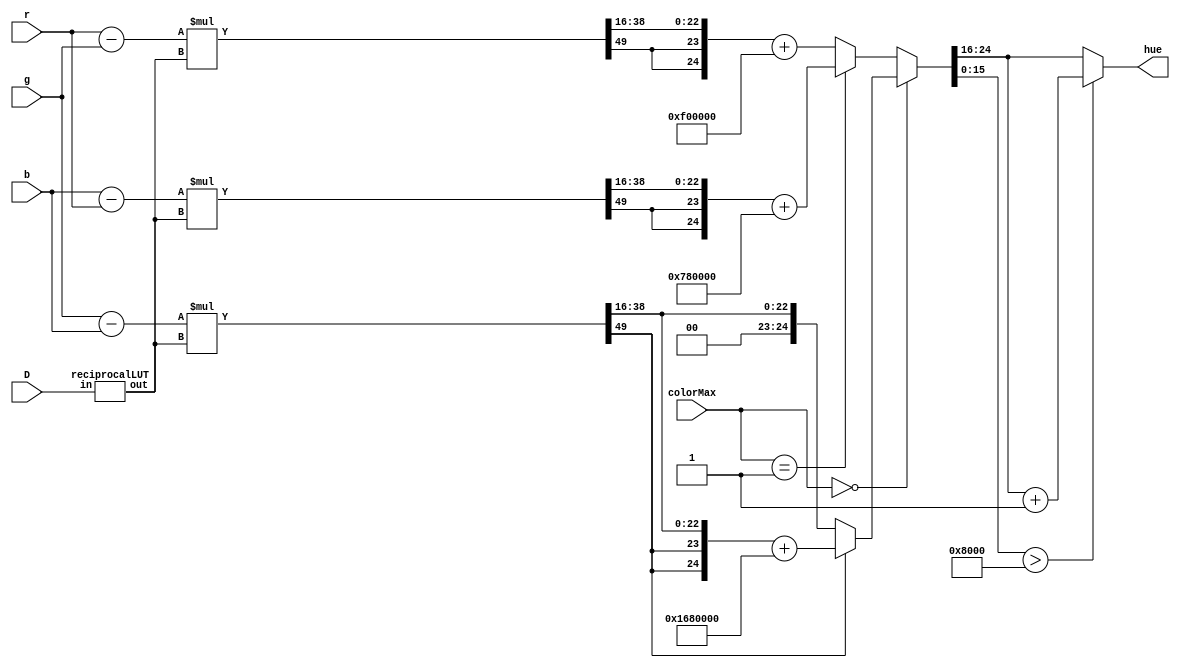
// HUE MODULE
// Inputs:
// 	D        = MAX-MIN ([0..255]) in 8 bits
//    colorMAX = [0,1,2] (the color with the maximum value, respectively red, green, blue)
//    r, g, b  = [0..1] in 2.16 fixed point
// Outputs:
// 	hue      = [0..360] in 9 bits

module hue (
	input  [7:0]  D,
	input  [1:0]  colorMax,
	input  [17:0] r,
	input  [17:0] g,
	input  [17:0] b,
	output [8:0] hue
);

	wire [31:0] hueMux;
	reg [1:0]  maxColor;
	wire signed [31:0] divisor;
	wire [31:0] hueRmax, hueGmax, hueBmax;
	wire signed [17:0] gb, br, rg;
	wire signed [31:0] gb_sext, br_sext, rg_sext;
	wire signed [31:0] gbTrim, brTrim, rgTrim;
	wire [71:0] gbMult, brMult, rgMult;

	// Subtract the values
	assign gb = g-b;
	assign br = b-r;
	assign rg = r-g;

	// Sign extend the values for cleaner multiplication
	assign gb_sext = {{14{gb[17]}}, gb};
	assign br_sext = {{14{br[17]}}, br};
	assign rg_sext = {{14{rg[17]}}, rg};

	// Instantiate the LUT of (60/d) values
	reciprocalLUT divide (
		.in(D),
		.out(divisor)
	);

	// Multiply
	assign gbMult = gb_sext*divisor;
	assign brMult = br_sext*divisor;
	assign rgMult = rg_sext*divisor;

	// Trim out the extraneous bits from the multiplication
	assign gbTrim = {{9{gbMult[71]}}, gbMult[38:16]};
	assign brTrim = {{9{brMult[71]}}, brMult[38:16]};
	assign rgTrim = {{9{rgMult[71]}}, rgMult[38:16]};

	// Assign values for each max case
	assign hueRmax = (gbTrim[31] == 1) ? gbTrim + 32'h1680000 : gbTrim;
	assign hueGmax = brTrim+24'h780000;
	assign hueBmax = rgTrim+24'hf00000;

	// Mux out the value and round
	assign hueMux = (colorMax == 2'b0) ? hueRmax : (colorMax == 2'b1) ? hueGmax : hueBmax;
	assign hue = (hueMux[15:0] > 16'h8000) ? hueMux[24:16] + 1 : hueMux[24:16];

endmodule


// RECIPROCAL LUT
// This module takes in D = [0..255] and outputs a multiplier value equivalent
// to 60/d (d = [0..1]). This is because all 3 cases of the hue equation need to multiply the 
// value by 60/d, so we combine these terms, and add in 60*2 and 60*4 for the 
// green and blue cases, respectively, after this multiplication.
module reciprocalLUT (
	input  [7:0] in,
	output reg [31:0] out
);

always @(*) begin
		case (in)
			8'd0: out <= 32'h00000000;
			8'd1: out <= 32'h3bc40000;
			8'd2: out <= 32'h1de20000;
			8'd3: out <= 32'h13ec0000;
			8'd4: out <= 32'h0ef10000;
			8'd5: out <= 32'h0bf40000;
			8'd6: out <= 32'h09f60000;
			8'd7: out <= 32'h0889b6e0;
			8'd8: out <= 32'h07788000;
			8'd9: out <= 32'h06a40000;
			8'd10: out <= 32'h05fa0000;
			8'd11: out <= 32'h056ee8b8;
			8'd12: out <= 32'h04fb0000;
			8'd13: out <= 32'h0498ec50;
			8'd14: out <= 32'h0444db70;
			8'd15: out <= 32'h03fc0000;
			8'd16: out <= 32'h03bc4000;
			8'd17: out <= 32'h03840000;
			8'd18: out <= 32'h03520000;
			8'd19: out <= 32'h03254360;
			8'd20: out <= 32'h02fd0000;
			8'd21: out <= 32'h02d89248;
			8'd22: out <= 32'h02b7745c;
			8'd23: out <= 32'h029937a8;
			8'd24: out <= 32'h027d8000;
			8'd25: out <= 32'h02640000;
			8'd26: out <= 32'h024c7628;
			8'd27: out <= 32'h0236aaac;
			8'd28: out <= 32'h02226db8;
			8'd29: out <= 32'h020f9610;
			8'd30: out <= 32'h01fe0000;
			8'd31: out <= 32'h01ed8c64;
			8'd32: out <= 32'h01de2000;
			8'd33: out <= 32'h01cfa2e8;
			8'd34: out <= 32'h01c20000;
			8'd35: out <= 32'h01b52492;
			8'd36: out <= 32'h01a90000;
			8'd37: out <= 32'h019d8376;
			8'd38: out <= 32'h0192a1b0;
			8'd39: out <= 32'h01884ec4;
			8'd40: out <= 32'h017e8000;
			8'd41: out <= 32'h01752bb6;
			8'd42: out <= 32'h016c4924;
			8'd43: out <= 32'h0163d060;
			8'd44: out <= 32'h015bba2e;
			8'd45: out <= 32'h01540000;
			8'd46: out <= 32'h014c9bd4;
			8'd47: out <= 32'h0145882c;
			8'd48: out <= 32'h013ec000;
			8'd49: out <= 32'h01383eb2;
			8'd50: out <= 32'h01320000;
			8'd51: out <= 32'h012c0000;
			8'd52: out <= 32'h01263b14;
			8'd53: out <= 32'h0120ade4;
			8'd54: out <= 32'h011b5556;
			8'd55: out <= 32'h01162e8c;
			8'd56: out <= 32'h011136dc;
			8'd57: out <= 32'h010c6bca;
			8'd58: out <= 32'h0107cb08;
			8'd59: out <= 32'h01035270;
			8'd60: out <= 32'h00ff0000;
			8'd61: out <= 32'h00fad1d6;
			8'd62: out <= 32'h00f6c632;
			8'd63: out <= 32'h00f2db6e;
			8'd64: out <= 32'h00ef1000;
			8'd65: out <= 32'h00eb6276;
			8'd66: out <= 32'h00e7d174;
			8'd67: out <= 32'h00e45bb4;
			8'd68: out <= 32'h00e10000;
			8'd69: out <= 32'h00ddbd38;
			8'd70: out <= 32'h00da9249;
			8'd71: out <= 32'h00d77e32;
			8'd72: out <= 32'h00d48000;
			8'd73: out <= 32'h00d196cb;
			8'd74: out <= 32'h00cec1bb;
			8'd75: out <= 32'h00cc0000;
			8'd76: out <= 32'h00c950d8;
			8'd77: out <= 32'h00c6b388;
			8'd78: out <= 32'h00c42762;
			8'd79: out <= 32'h00c1abbf;
			8'd80: out <= 32'h00bf4000;
			8'd81: out <= 32'h00bce38e;
			8'd82: out <= 32'h00ba95db;
			8'd83: out <= 32'h00b8565d;
			8'd84: out <= 32'h00b62492;
			8'd85: out <= 32'h00b40000;
			8'd86: out <= 32'h00b1e830;
			8'd87: out <= 32'h00afdcb1;
			8'd88: out <= 32'h00addd17;
			8'd89: out <= 32'h00abe8fd;
			8'd90: out <= 32'h00aa0000;
			8'd91: out <= 32'h00a821c2;
			8'd92: out <= 32'h00a64dea;
			8'd93: out <= 32'h00a48421;
			8'd94: out <= 32'h00a2c416;
			8'd95: out <= 32'h00a10d79;
			8'd96: out <= 32'h009f6000;
			8'd97: out <= 32'h009dbb62;
			8'd98: out <= 32'h009c1f59;
			8'd99: out <= 32'h009a8ba3;
			8'd100: out <= 32'h00990000;
			8'd101: out <= 32'h00977c33;
			8'd102: out <= 32'h00960000;
			8'd103: out <= 32'h00948b2f;
			8'd104: out <= 32'h00931d8a;
			8'd105: out <= 32'h0091b6db;
			8'd106: out <= 32'h009056f2;
			8'd107: out <= 32'h008efd9c;
			8'd108: out <= 32'h008daaab;
			8'd109: out <= 32'h008c5df2;
			8'd110: out <= 32'h008b1746;
			8'd111: out <= 32'h0089d67d;
			8'd112: out <= 32'h00889b6e;
			8'd113: out <= 32'h008765f2;
			8'd114: out <= 32'h008635e5;
			8'd115: out <= 32'h00850b21;
			8'd116: out <= 32'h0083e584;
			8'd117: out <= 32'h0082c4ec;
			8'd118: out <= 32'h0081a938;
			8'd119: out <= 32'h00809249;
			8'd120: out <= 32'h007f8000;
			8'd121: out <= 32'h007e723f;
			8'd122: out <= 32'h007d68eb;
			8'd123: out <= 32'h007c63e7;
			8'd124: out <= 32'h007b6319;
			8'd125: out <= 32'h007a6666;
			8'd126: out <= 32'h00796db7;
			8'd127: out <= 32'h007878f2;
			8'd128: out <= 32'h00778800;
			8'd129: out <= 32'h00769aca;
			8'd130: out <= 32'h0075b13b;
			8'd131: out <= 32'h0074cb3c;
			8'd132: out <= 32'h0073e8ba;
			8'd133: out <= 32'h007309a0;
			8'd134: out <= 32'h00722dda;
			8'd135: out <= 32'h00715555;
			8'd136: out <= 32'h00708000;
			8'd137: out <= 32'h006fadc8;
			8'd138: out <= 32'h006ede9c;
			8'd139: out <= 32'h006e126b;
			8'd140: out <= 32'h006d4924;
			8'd141: out <= 32'h006c82b9;
			8'd142: out <= 32'h006bbf19;
			8'd143: out <= 32'h006afe35;
			8'd144: out <= 32'h006a4000;
			8'd145: out <= 32'h0069846a;
			8'd146: out <= 32'h0068cb65;
			8'd147: out <= 32'h006814e6;
			8'd148: out <= 32'h006760dd;
			8'd149: out <= 32'h0066af3f;
			8'd150: out <= 32'h00660000;
			8'd151: out <= 32'h00655312;
			8'd152: out <= 32'h0064a86c;
			8'd153: out <= 32'h00640000;
			8'd154: out <= 32'h006359c4;
			8'd155: out <= 32'h0062b5ad;
			8'd156: out <= 32'h006213b1;
			8'd157: out <= 32'h006173c5;
			8'd158: out <= 32'h0060d5df;
			8'd159: out <= 32'h006039f6;
			8'd160: out <= 32'h005fa000;
			8'd161: out <= 32'h005f07f3;
			8'd162: out <= 32'h005e71c7;
			8'd163: out <= 32'h005ddd72;
			8'd164: out <= 32'h005d4aed;
			8'd165: out <= 32'h005cba2e;
			8'd166: out <= 32'h005c2b2e;
			8'd167: out <= 32'h005b9de4;
			8'd168: out <= 32'h005b1249;
			8'd169: out <= 32'h005a8855;
			8'd170: out <= 32'h005a0000;
			8'd171: out <= 32'h00597943;
			8'd172: out <= 32'h0058f418;
			8'd173: out <= 32'h00587076;
			8'd174: out <= 32'h0057ee58;
			8'd175: out <= 32'h00576db7;
			8'd176: out <= 32'h0056ee8b;
			8'd177: out <= 32'h005670d0;
			8'd178: out <= 32'h0055f47e;
			8'd179: out <= 32'h00557990;
			8'd180: out <= 32'h00550000;
			8'd181: out <= 32'h005487c7;
			8'd182: out <= 32'h005410e1;
			8'd183: out <= 32'h00539b47;
			8'd184: out <= 32'h005326f5;
			8'd185: out <= 32'h0052b3e4;
			8'd186: out <= 32'h00524210;
			8'd187: out <= 32'h0051d174;
			8'd188: out <= 32'h0051620b;
			8'd189: out <= 32'h0050f3cf;
			8'd190: out <= 32'h005086bc;
			8'd191: out <= 32'h00501ace;
			8'd192: out <= 32'h004fb000;
			8'd193: out <= 32'h004f464d;
			8'd194: out <= 32'h004eddb1;
			8'd195: out <= 32'h004e7627;
			8'd196: out <= 32'h004e0fac;
			8'd197: out <= 32'h004daa3c;
			8'd198: out <= 32'h004d45d1;
			8'd199: out <= 32'h004ce269;
			8'd200: out <= 32'h004c8000;
			8'd201: out <= 32'h004c1e91;
			8'd202: out <= 32'h004bbe19;
			8'd203: out <= 32'h004b5e95;
			8'd204: out <= 32'h004b0000;
			8'd205: out <= 32'h004aa257;
			8'd206: out <= 32'h004a4597;
			8'd207: out <= 32'h0049e9bd;
			8'd208: out <= 32'h00498ec5;
			8'd209: out <= 32'h004934ab;
			8'd210: out <= 32'h0048db6d;
			8'd211: out <= 32'h00488308;
			8'd212: out <= 32'h00482b79;
			8'd213: out <= 32'h0047d4bb;
			8'd214: out <= 32'h00477ece;
			8'd215: out <= 32'h004729ac;
			8'd216: out <= 32'h0046d555;
			8'd217: out <= 32'h004681c5;
			8'd218: out <= 32'h00462ef9;
			8'd219: out <= 32'h0045dcee;
			8'd220: out <= 32'h00458ba3;
			8'd221: out <= 32'h00453b13;
			8'd222: out <= 32'h0044eb3e;
			8'd223: out <= 32'h00449c20;
			8'd224: out <= 32'h00444db7;
			8'd225: out <= 32'h00440000;
			8'd226: out <= 32'h0043b2f9;
			8'd227: out <= 32'h004366a0;
			8'd228: out <= 32'h00431af2;
			8'd229: out <= 32'h0042cfee;
			8'd230: out <= 32'h00428590;
			8'd231: out <= 32'h00423bd8;
			8'd232: out <= 32'h0041f2c2;
			8'd233: out <= 32'h0041aa4d;
			8'd234: out <= 32'h00416276;
			8'd235: out <= 32'h00411b3c;
			8'd236: out <= 32'h0040d49c;
			8'd237: out <= 32'h00408e95;
			8'd238: out <= 32'h00404924;
			8'd239: out <= 32'h00400449;
			8'd240: out <= 32'h003fc000;
			8'd241: out <= 32'h003f7c48;
			8'd242: out <= 32'h003f391f;
			8'd243: out <= 32'h003ef684;
			8'd244: out <= 32'h003eb475;
			8'd245: out <= 32'h003e72f0;
			8'd246: out <= 32'h003e31f3;
			8'd247: out <= 32'h003df17d;
			8'd248: out <= 32'h003db18c;
			8'd249: out <= 32'h003d721e;
			8'd250: out <= 32'h003d3333;
			8'd251: out <= 32'h003cf4c8;
			8'd252: out <= 32'h003cb6db;
			8'd253: out <= 32'h003c796c;
			8'd254: out <= 32'h003c3c79;
			8'd255: out <= 32'h003c0000;

		endcase
	end
endmodule